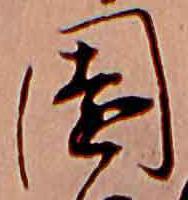
園